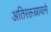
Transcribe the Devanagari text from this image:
अतिरक्तस्रावाने